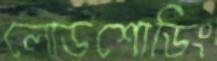
লোডশোডিং